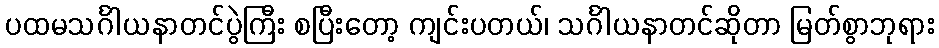
ပထမသင်္ဂါယနာတင်ပွဲကြီး စပြီးတော့ ကျင်းပတယ်၊ သင်္ဂါယနာတင်ဆိုတာ မြတ်စွာဘုရား